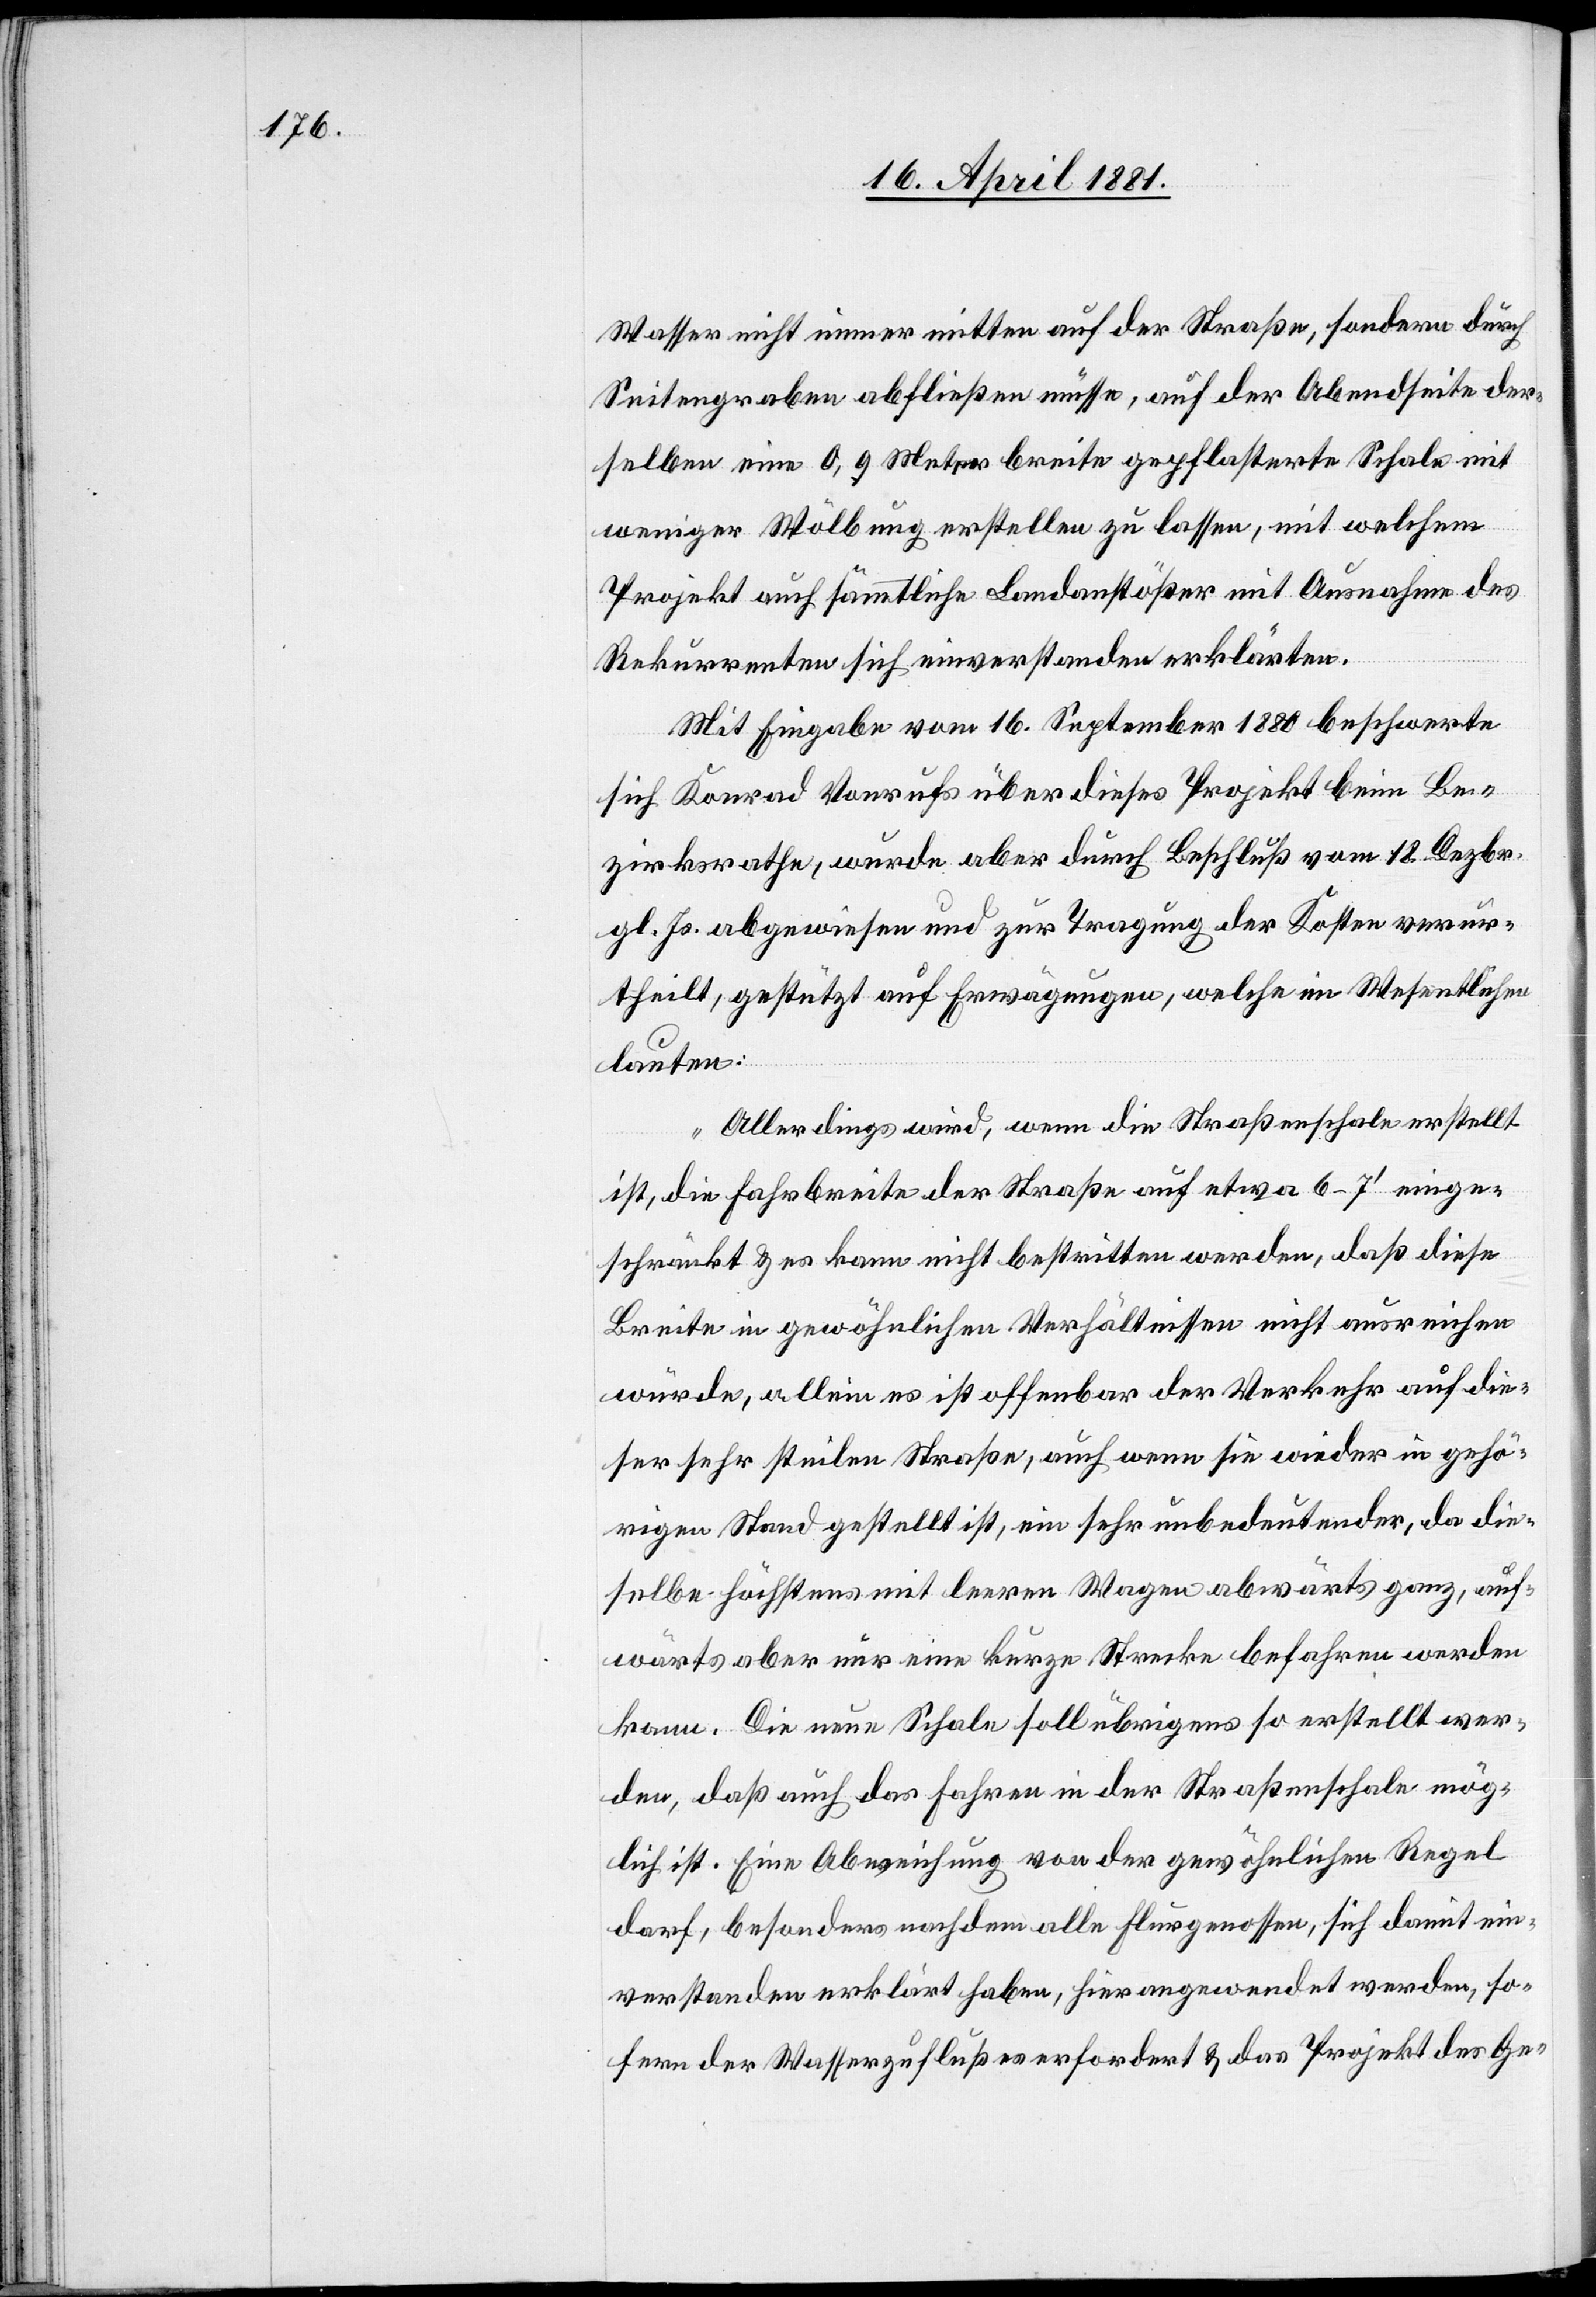
Wasser nicht immer mitten auf der Straße, sondern durch
Seitengraben abfließen müsse, auf der Abendseite der¬
selben eine 0,9 Meter breite gepflasterte Schale mit
weniger Wölbung erstellen zu lassen, mit welchem
Projekt auch sämmtliche Landanstößer mit Ausnahme des
Rekurrenten sich einverstanden erklärten.
Mit Eingabe vom 16. September 1880 beschwerte
sich Konrad Vonrufs über dieses Projekt beim Be¬
zirksrathe, wurde aber durch Beschluß vom 18. Dezbr.
gl. Js. abgewiesen und zur Tragung der Kosten verur¬
theilt, gestützt auf Erwägungen, welche im Wesentlichen
lauten:
„Allerdings wird, wenn die Straßenschale erstellt
ist, die Fahrbreite der Straße auf etwa 6–7‘ einge¬
schränkt & es kann nicht bestritten werden, daß diese
Breite in gewöhnlichen Verhältnissen nicht ausreichen
würde, allein es ist offenbar der Verkehr auf die¬
ser sehr steilen Straße, auch wenn sie wieder in gehö¬
rigen Stand gestellt ist, ein sehr unbedeutender, da die
selbe höchstens mit leeren Wagen abwärts ganz, auf¬
wärts aber nur eine kurze Strecke befahren werden
kann. Die neue Schale soll übrigens so erstellt wer¬
den, daß auch das Fahren in der Straßenschale mög¬
lich ist. Eine Abweichung von der gewöhnlichen Regel
darf, besonders nachdem alle Flurgenossen, sich damit ei¬
verstanden erklärt haben, hier angewendet werden, so¬
fern der Wasserzufluß es erfordert & das Projekt des Ge-